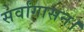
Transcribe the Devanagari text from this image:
सर्वांगासन।